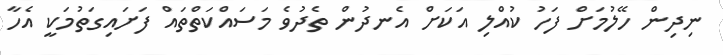
ނިދިން ހޭލުމަށް ފަހު ކުއްލި އަކަށް އެނދުން ތެދުވެ މަސައްކަތްތައް ފަށައިގަތުމަކީ އެހާ